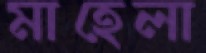
মাহেলা